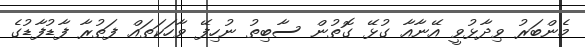
މެންބަރު ވިދާޅުވީ އޭނާއާ ގުޅޭ ގޮތުން ސާބިތު ނުހިފޭ ވާހަކަތައް ފަތުރާ ފާޑުފާޑުގެ